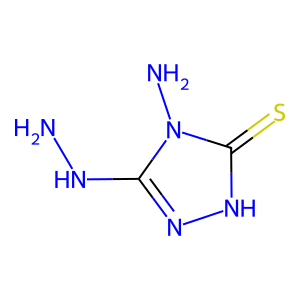
SMILES: NNc1n[nH]c(=S)n1N
Inhibits HIV replication: No